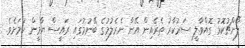
ލޯންޗުކޮޅު ގޮއްވާލީ ސަރުކާރު ތެރެއިން އޭނާ ނެރެލުމުގެ ބޭނުމުގައި ރައީސް ޔާމީން ކަމަށެވެ.